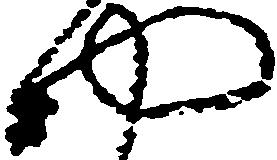
や